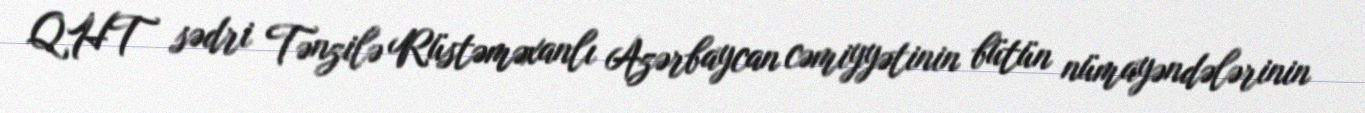
QHT sədri Tənzilə Rüstəməxanlı Azərbaycan cəmiyyətinin bütün nümayəndələrinin